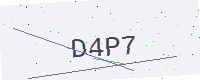
Text: D4P7